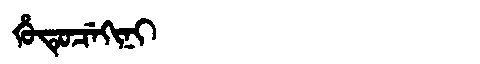
Manchu: ᡥᡠᡨᡠᠴᡝᡴᡳᠨᡳ
Romanization: HUTUCEKINI